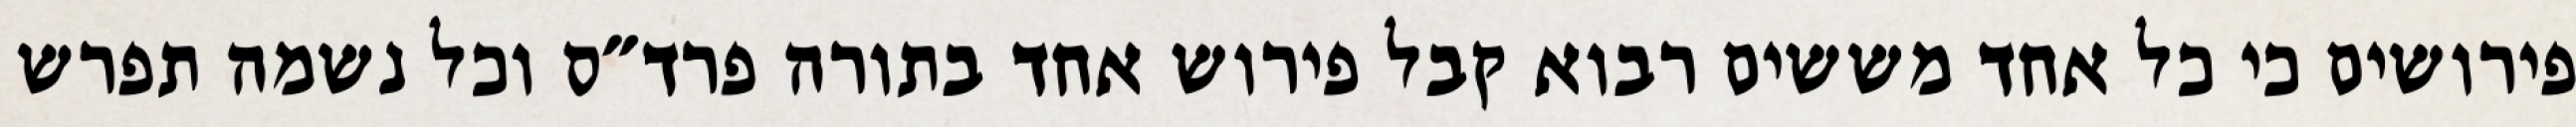
פירושים כי כל אחד מששים רבוא קבל פירוש אחד בתורה פרד״ס וכל נשמה תפרש